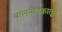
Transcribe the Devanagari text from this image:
बालनाटकातून